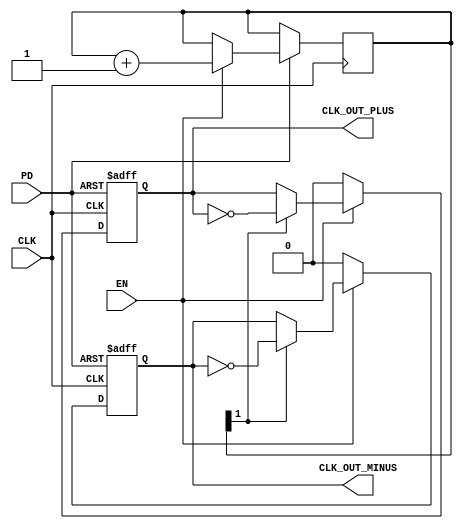
module differential_clock_buffer (
    input wire CLK,             // Single-ended clock input
    input wire EN,              // Enable signal
    input wire PD,              // Power Down signal
    output reg CLK_OUT_PLUS,    // Differential Clock Output +
    output reg CLK_OUT_MINUS     // Differential Clock Output -
);

    // Parameter for clock division (for generating OUT signal)
    parameter CLOCK_DIV = 2;    // Divides the input clock by 2

    // Internal signal for clock toggling
    reg [CLOCK_DIV-1:0] clk_div_counter = 0;

    // Always block to generate differential clock outputs
    always @(posedge CLK or negedge PD) begin
        if (!PD) begin
            // Power down mode: disable outputs
            CLK_OUT_PLUS <= 1'b0;
            CLK_OUT_MINUS <= 1'b0;
        end else if (EN) begin
            // Generate differential clock if enabled
            clk_div_counter <= clk_div_counter + 1;

            // Toggle differential outputs based on the counter
            if (clk_div_counter[CLOCK_DIV-1]) begin
                CLK_OUT_PLUS <= ~CLK_OUT_PLUS;
                CLK_OUT_MINUS <= ~CLK_OUT_MINUS;
            end
        end else begin
            // When buffer is disabled, hold outputs low
            CLK_OUT_PLUS <= 1'b0;
            CLK_OUT_MINUS <= 1'b0;
        end
    end

    // Optional: Add a feedback mechanism or additional control features here

endmodule